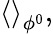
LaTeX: \left\langle{}\right\rangle_{\phi^{0}},